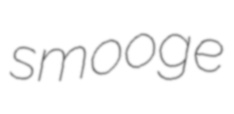
smooge